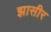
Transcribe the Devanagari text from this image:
झासीर